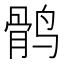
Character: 鹘